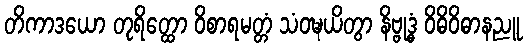
တိကာဒယော တုရိတ္ထော ဝိစာရမတ္တံ သံဝဍ္ဎယိတွာ နိဗ္ဗုဒ္ဓံ ဝိဓိဝိဓာနညူ